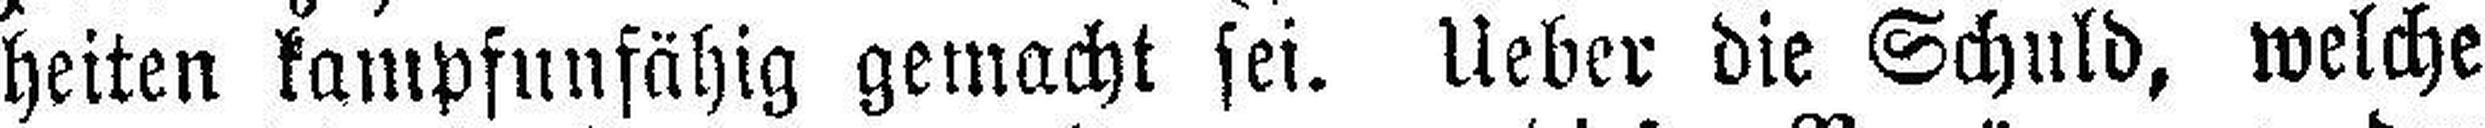
heiten kampfunfähig gemacht sei. Ueber die Schuld, welche